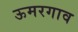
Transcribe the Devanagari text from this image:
ऊमरगाव